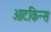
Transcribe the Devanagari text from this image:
आटकिन्स